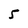
Character: 5